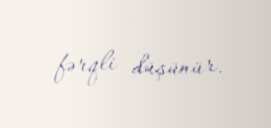
fərqli düşünür.